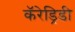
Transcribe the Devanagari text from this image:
कॅरेड्रिडी